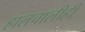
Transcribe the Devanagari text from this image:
हालचालीही